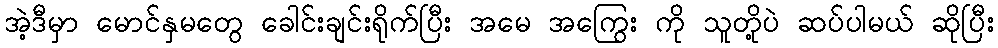
အဲ့ဒီမှာ မောင်နှမတွေ ခေါင်းချင်းရိုက်ပြီး အမေ အကြွေး ကို သူတို့ပဲ ဆပ်ပါမယ် ဆိုပြီး